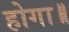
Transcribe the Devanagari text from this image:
होगा॥